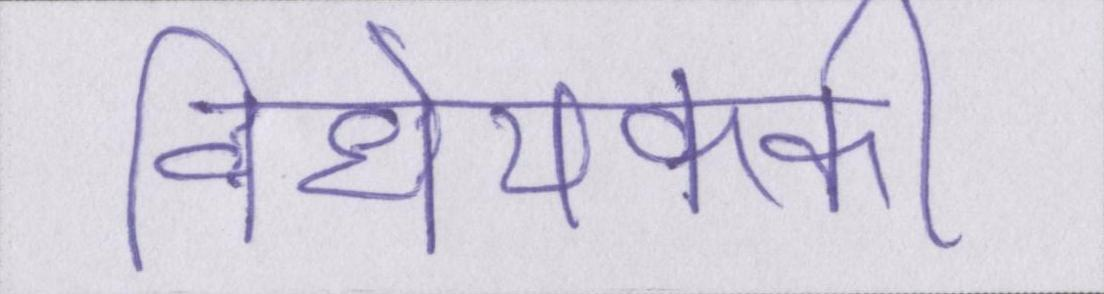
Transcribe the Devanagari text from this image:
विधेयककी